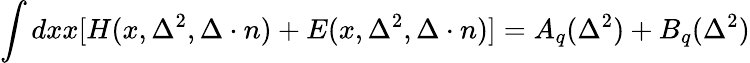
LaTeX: \int dxx[H(x,\Delta^{2},\Delta\cdot n)+E(x,\Delta^{2},\Delta\cdot n)]=A_{q}(\Delta^{2})+B_{q}(\Delta^{2})